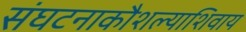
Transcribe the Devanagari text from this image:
संघटनाकौशल्याशिवाय